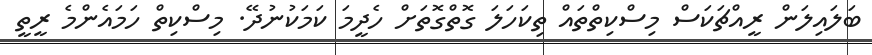
ބަލައިލަން ރީއްޗަކަސް މިސްކިތްތައް ތިކަހަލަ ގޮތްގޮތަށް ހެދީމަ ކަމަކުނުދޭ. މިސްކިތް ހަމައެންމެ ރީތީ